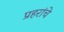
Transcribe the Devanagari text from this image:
प्रहरांचे